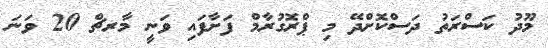
މޫދު ކަސްރަތު ދަސްކޮށްދޭ މި ޕްރޮގުރާމް ފަށާފައި ވަނީ މާރޗް 20 ވަނަ